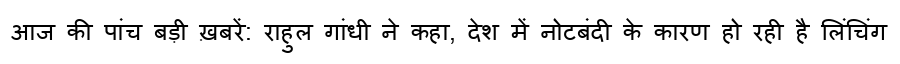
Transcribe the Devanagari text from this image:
आज की पांच बड़ी ख़बरें: राहुल गांधी ने कहा, देश में नोटबंदी के कारण हो रही है लिंचिंग